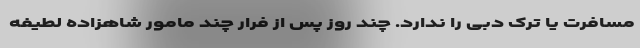
مسافرت یا ترک دبی را ندارد. چند روز پس از فرار چند مامور شاهزاده لطیفه